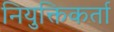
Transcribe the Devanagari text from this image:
नियुक्तिकर्ता